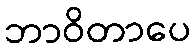
ဘာဝိတာပေ